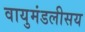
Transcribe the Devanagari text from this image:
वायुमंडलीसय